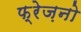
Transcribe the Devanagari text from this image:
फ्रेज़नो